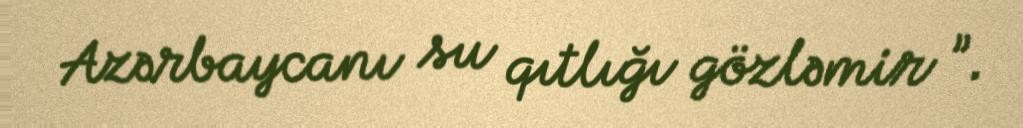
Azərbaycanı su qıtlığı gözləmir ”.